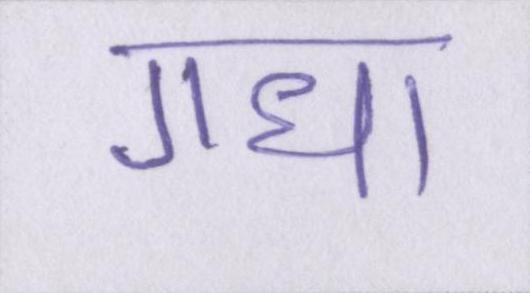
गधा